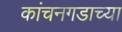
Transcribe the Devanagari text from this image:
कांचनगडाच्या